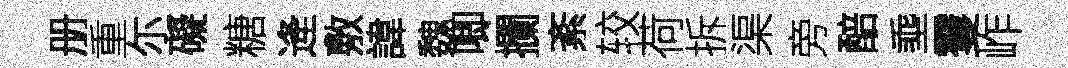
册重尓礙糖逄敷諱魏唧攔紊较荷拆渠旁醅埀䨥岞